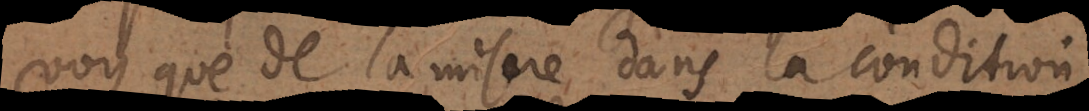
voy que de la misère dans la condition